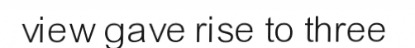
view gave rise to three